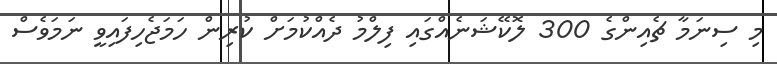
މި ސިނަމާ ޗެއިންގެ 300 ލޮކޭޝަނެއްގައި ފިލްމު ދެއްކުމަށް ކުރިން ހަމަޖެހިފައިވީ ނަމަވެސް